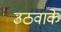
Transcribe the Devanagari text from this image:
उठवाके